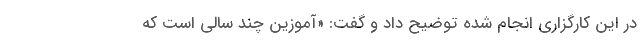
در این کارگزاری انجام شده توضیح داد و گفت: «آموزین چند سالی است که